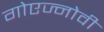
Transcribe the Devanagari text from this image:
गोएज्नोवी